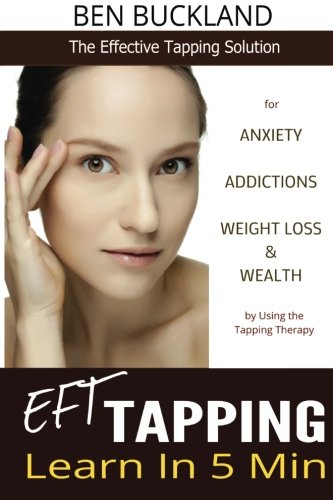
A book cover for EFT Tapping - Learn in 5 Min: The Effective Tapping Solution for Anxiety, Addictions, Weight Loss & Wealth by Using the Tapping Therapy; Ben Buckland; Health, Fitness & Dieting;